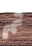
ثم